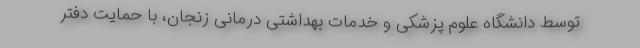
توسط دانشگاه علوم پزشکی و خدمات بهداشتی درمانی زنجان، با حمایت دفتر